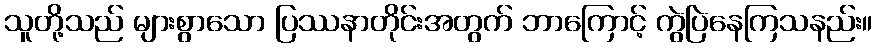
သူတို့သည် များစွာသော ပြဿနာတိုင်းအတွက် ဘာကြောင့် ကွဲပြဲနေကြသနည်း။